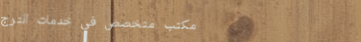
مكتب متخصص في خدمات الترج